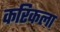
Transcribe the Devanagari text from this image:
करिकला